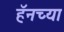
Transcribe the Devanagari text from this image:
हॅनच्या